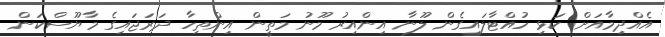
އެއްދިމާއަށް ކަޅި ހުއްޓާލައިގެން ލޫނާ އިންއިރު މޫނު މަތީން އިންތިހާ ދަރަޖައިގެ މާޔޫސްކަން